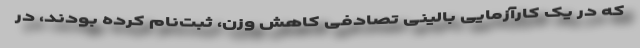
که در یک کارآزمایی بالینی تصادفی کاهش وزن، ثبت‌نام کرده بودند، در